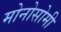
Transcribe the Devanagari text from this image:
मोनोसोमी